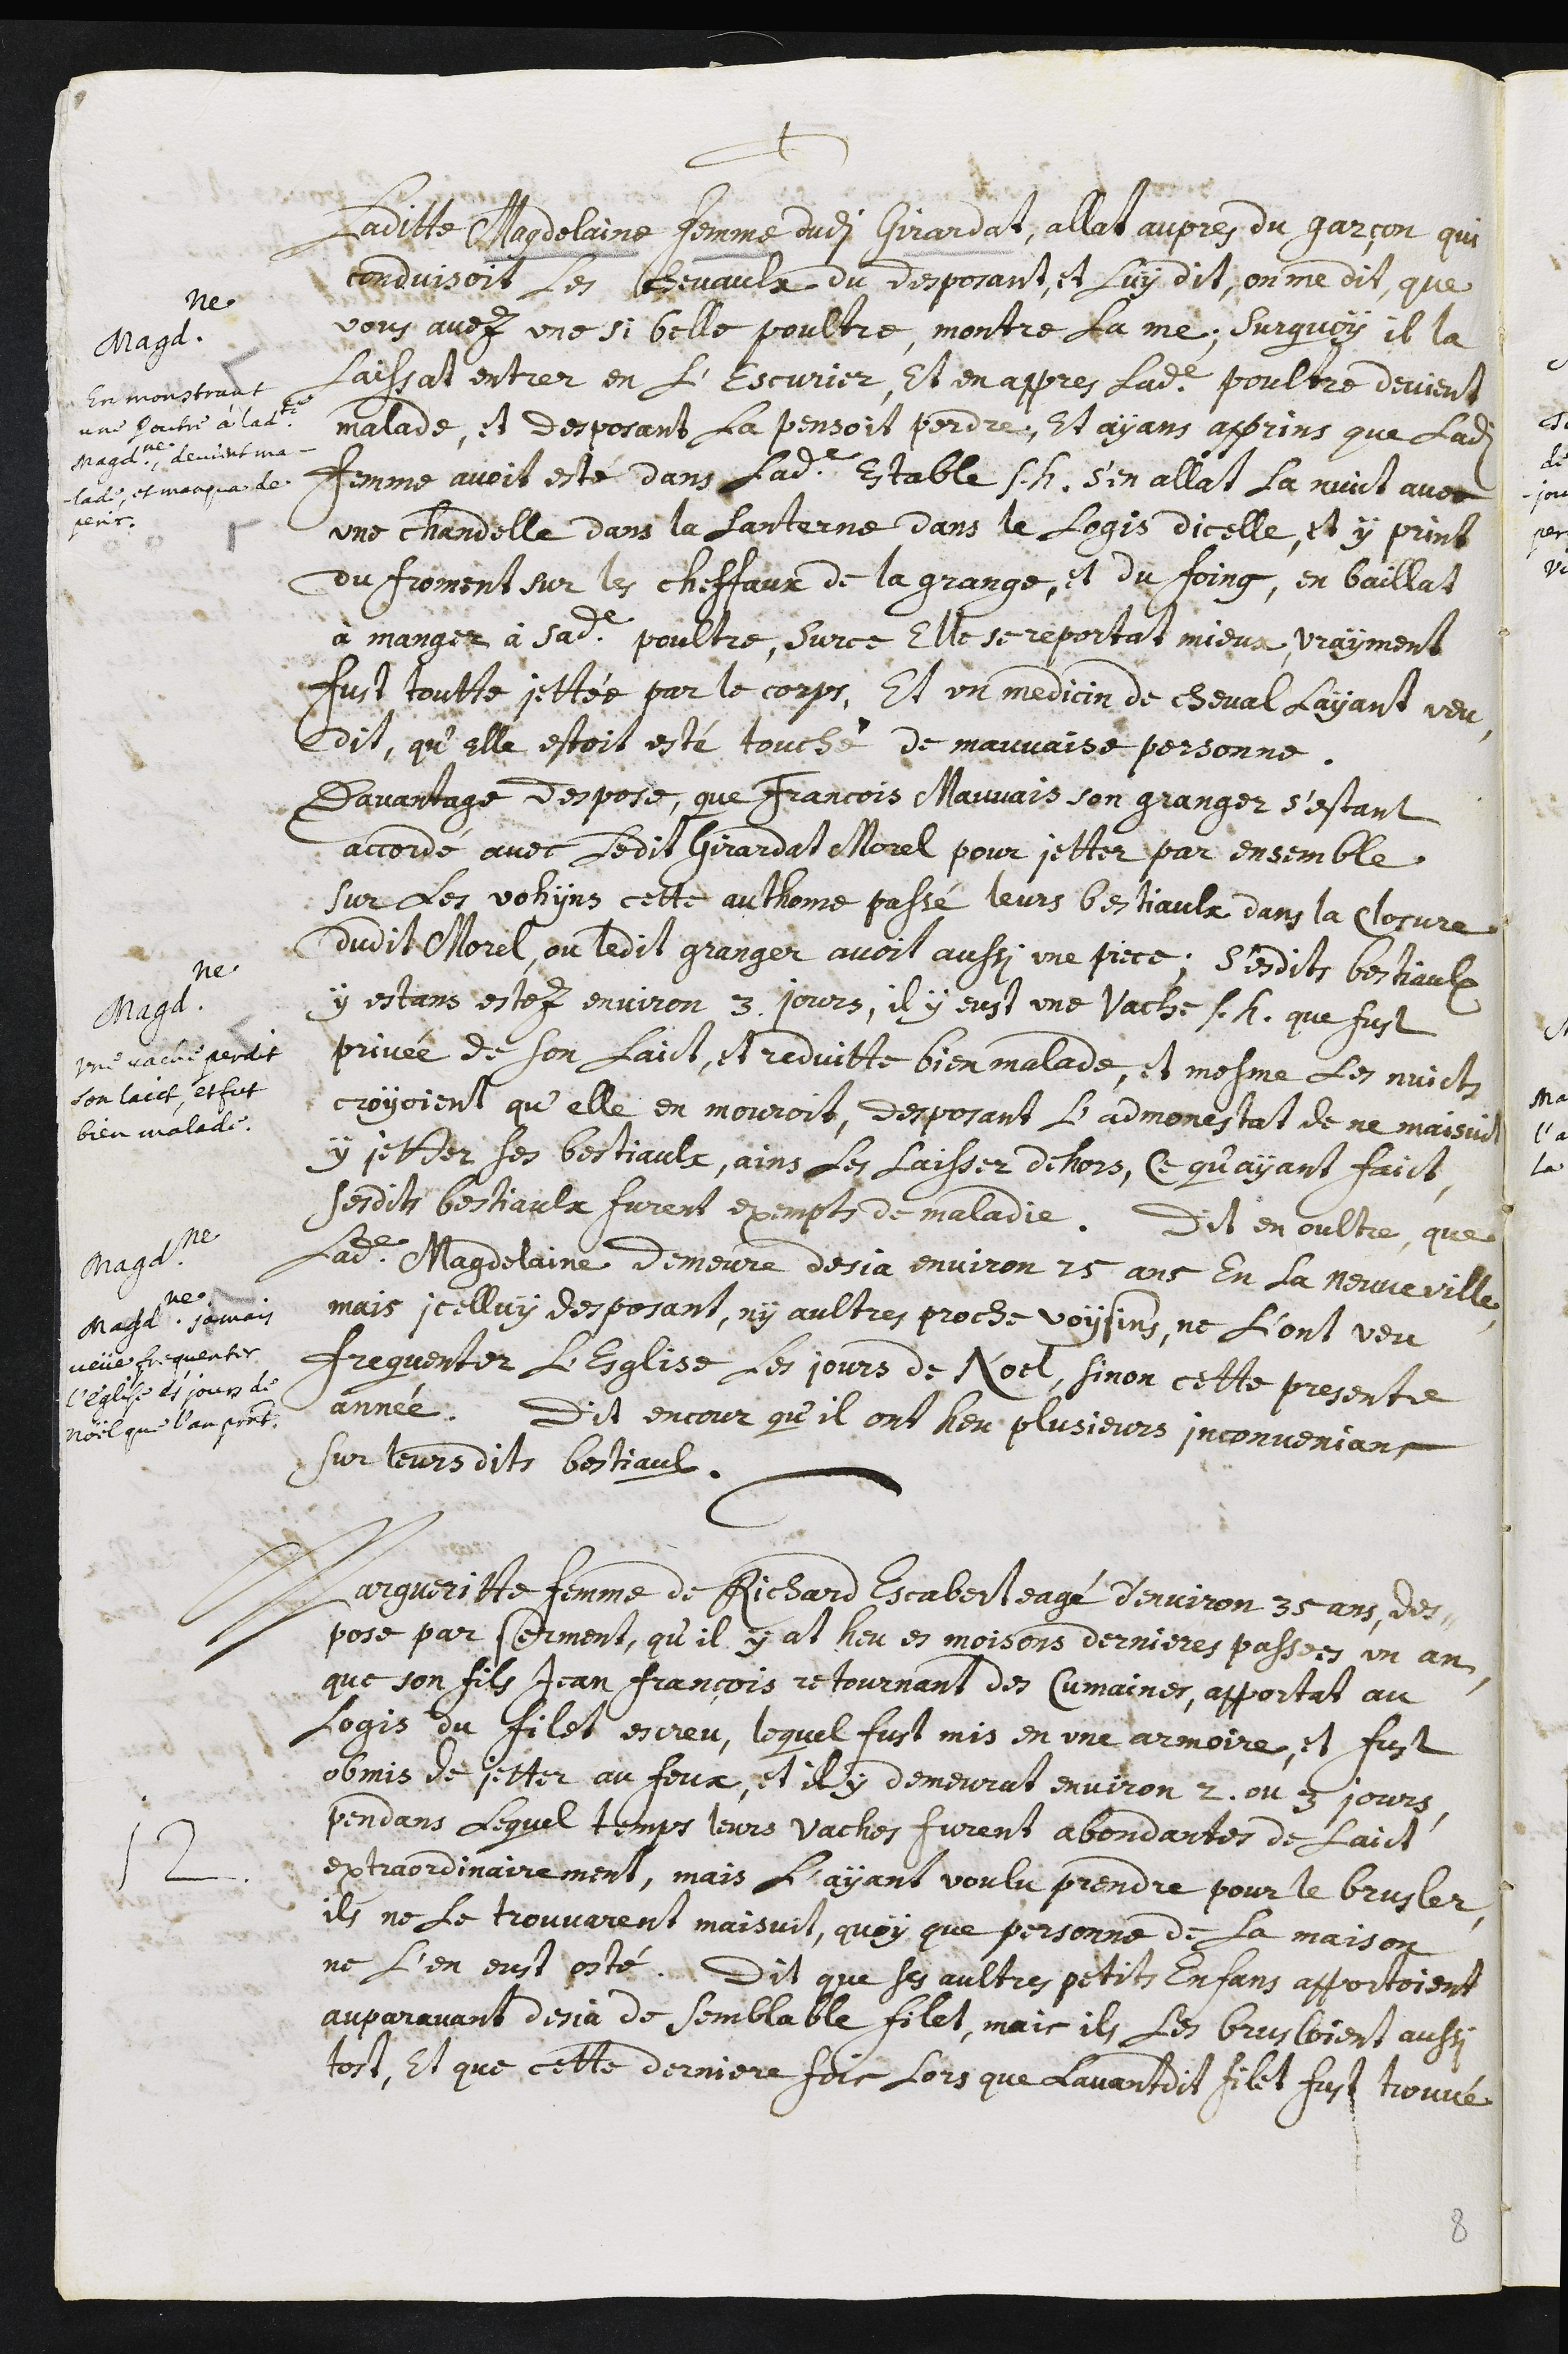
+
Magdeleine
En monstrant
une poutre à ladite
Magdeleine, devunt ma-
lade, et manqua de
perir.
Laditte Magdelaine femme dudit Girardat, allat aupres du garçon qui
conduisoit les chevaulx du desposant, et luy dit, on me dit, que
vous avez une si belle poultre, montre la me ; Sur quoy il la
laissat entrer en l’escurier, et en appres ladite poultre devient
malade, et desposant la pensoit perdre, et ayans apprins que ladite
femme avoit esté dans ladite estable s.h. s’en allat la nuict avec
une chandelle dans la lanterne dans le logis dicelle, et y print
du froment sur les cheffaux de la grange, et du foing, en baillat
à manger à sadite poultre, sur ce elle se reportat mieux, vrayment
fust toutte jettée par le corps. Et un medicin de cheval l’ayant veu,
dit, qu’elle estoit esté touché de mauvaise personne.
Magdeleine
Une vache perdit
son laict, et fut
bien malade.
Magdeleine
Magdeleine jamais
veue frequenter
l’église és jours de
Noël que l’an present
Davantage despose, que Francois Mauvais son granger s’estant
accordé avec ledit Girardat Morel pour jetter par ensemble
sur les vohyns cette authome passé leurs bestiaulx dans la closure
dudit Morel, ou ledit granger avoit aussi une piece ; sesdits Bestiaulx
y estans estez environ 3 jours, il y eust une vache s.h. que fust
privée de son laict, et reduitte bien malade, et mesme les nuicts
croyoient qu’elle en mouroit, desposant l’admonestat de ne maisuit
y jetter les bestiaulx, ains les laisser dehors, ce qu’ayant faict,
sesdit bestiaulx furent exempts de maladie. Dit en oultre, que
ladite Magdelaine demeure desia environ 15 ans en la Neuveville,
mais icelluy desposant, ny aultres proche voysins, ne l’ont veu
frequenter l’esglise les jours de Noel, sinon cette presente
année. Dit encore qu’il ont heu plusieurs inconvenians
sur leurs dits bestiaulx.
Margueritte femme de Richard Escabert eagé d’environ 35 ans, des-
pose par serment, qu’il y at heu es moisons dernieres passées un an,
que son fils Jean François retournant des Cumaines, apportat au
logis du filet escreu, lequl fust mis en une armoire, et fust
obmis de jetter au feux, et il y demeurat environ 2 ou 3 jours,
pendans lequel temps leurs vaches furent abondantes de laict
extraordinairement, mais l’ayant voulu prendre pour le brusler,
ils ne le trouvarent maisuit, quoy que personne de la maison
ne l’en eust osté. Dit que ses aultres petits enfans apportoient
auparavant desia de semblable filet, mais ils les brusloient aussi-
tost, et que cette derniere fois lors que l’avant dit filet fust trouvé